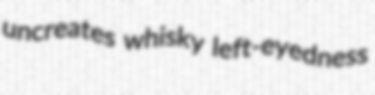
uncreates whisky left-eyedness